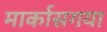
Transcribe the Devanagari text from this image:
मार्कासगया